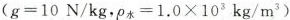
($$g = 1 0 N / k g$$，$$ρ 水 = 1 . 0 \times 1 0 3 k g / m ^ { 3 }$$)